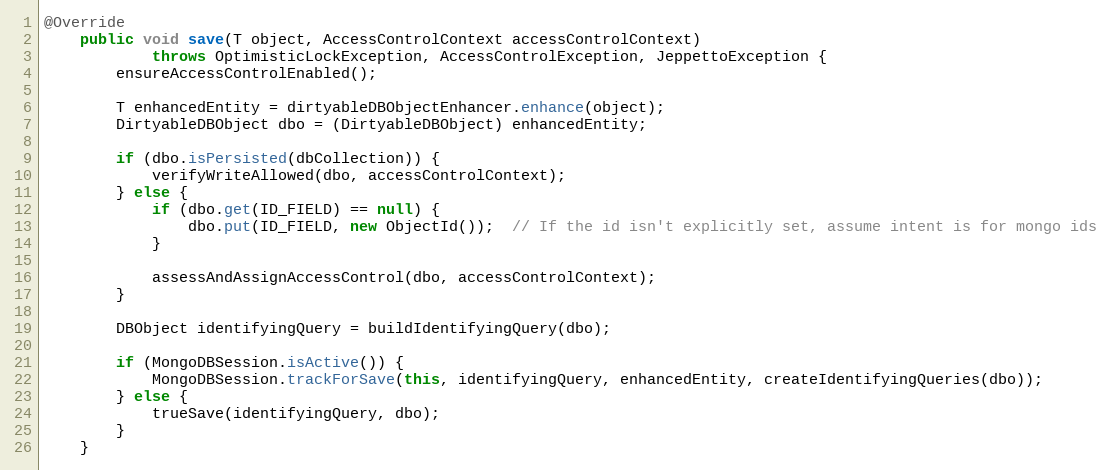
Language: Java
@Override
    public void save(T object, AccessControlContext accessControlContext)
            throws OptimisticLockException, AccessControlException, JeppettoException {
        ensureAccessControlEnabled();

        T enhancedEntity = dirtyableDBObjectEnhancer.enhance(object);
        DirtyableDBObject dbo = (DirtyableDBObject) enhancedEntity;

        if (dbo.isPersisted(dbCollection)) {
            verifyWriteAllowed(dbo, accessControlContext);
        } else {
            if (dbo.get(ID_FIELD) == null) {
                dbo.put(ID_FIELD, new ObjectId());  // If the id isn't explicitly set, assume intent is for mongo ids
            }

            assessAndAssignAccessControl(dbo, accessControlContext);
        }

        DBObject identifyingQuery = buildIdentifyingQuery(dbo);

        if (MongoDBSession.isActive()) {
            MongoDBSession.trackForSave(this, identifyingQuery, enhancedEntity, createIdentifyingQueries(dbo));
        } else {
            trueSave(identifyingQuery, dbo);
        }
    }